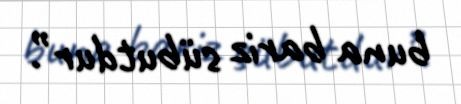
buna bariz sübutdur”.